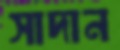
সাদান